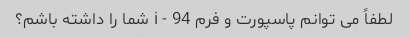
لطفاً می توانم پاسپورت و فرم i - 94 شما را داشته باشم؟